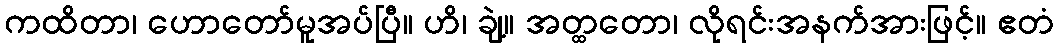
ကထိတာ၊ ဟောတော်မူအပ်ပြီ။ ဟိ၊ ချဲ့။ အတ္ထတော၊ လိုရင်းအနက်အားဖြင့်။ ဧတံ